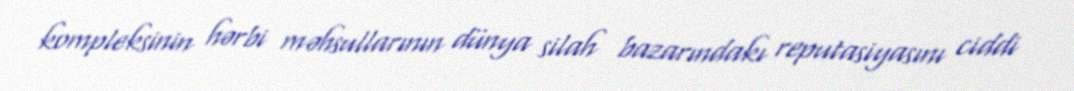
kompleksinin hərbi məhsullarının dünya silah bazarındakı reputasiyasını ciddi